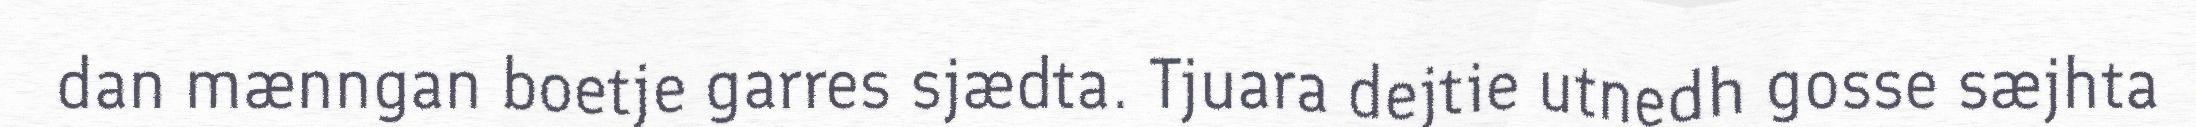
dan mænngan boetje garres sjædta. Tjuara dejtie utnedh gosse sæjhta